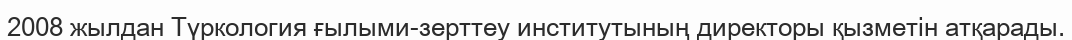
2008 жылдан Түркология ғылыми-зерттеу институтының директоры қызметін атқарады.